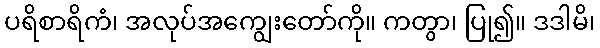
ပရိစာရိကံ၊ အလုပ်အကျွေးတော်ကို။ ကတွာ၊ ပြု၍။ ဒဒါမိ၊